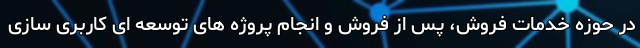
در حوزه خدمات فروش، پس از فروش و انجام پروژه های توسعه ای کاربری سازی